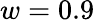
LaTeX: w=0.9